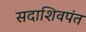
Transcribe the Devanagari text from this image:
सदाशिवपंत